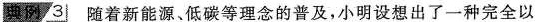
典例73 随着新能源、低碳等理念的普及，小明设想出了一种完全以